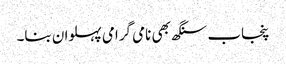
پنجاب سنگھ بھی نامی گرامی پہلوان بنا۔